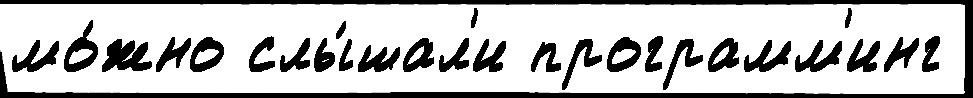
мо́жно слы́шал'и программ'инг